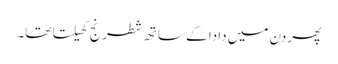
پھر دن میں دادا کے ساتھ شطرنج کھیلتا تھا۔